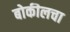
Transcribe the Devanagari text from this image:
बोकीलचा